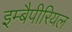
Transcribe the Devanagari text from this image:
इम्बैपीरियल